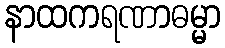
နာထကရဏာဓမ္မာ